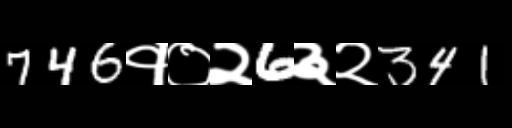
Text: 746१०२6३२341